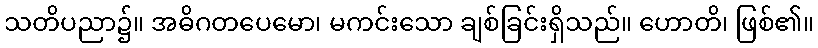
သတိပညာ၌။ အဓိဂတပေမော၊ မကင်းသော ချစ်ခြင်းရှိသည်။ ဟောတိ၊ ဖြစ်၏။